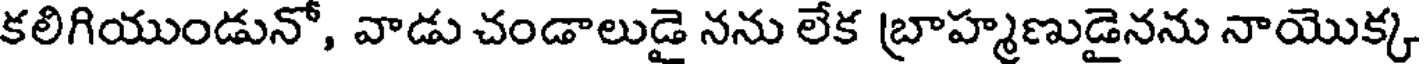
కలిగియుండునో, వాడు చండాలుడై నను లేక బ్రాహ్మణుడైనను నాయొక్క